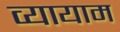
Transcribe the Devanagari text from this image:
व्‍यायाम